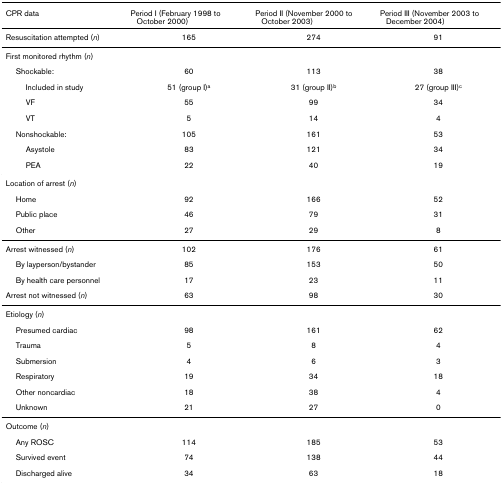
<table><thead><tr><td><b>CPR data</b></td><td><b>Period I (February 1998 to October 2000)</b></td><td><b>Period II (November 2000 to October 2003)</b></td><td><b>Period III (November 2003 to December 2004)</b></td></tr></thead><tbody><tr><td>Resuscitation attempted (<i>n</i>)</td><td>165</td><td>274</td><td>91</td></tr><tr><td>First monitored rhythm (<i>n</i>)</td><td></td><td></td><td></td></tr><tr><td> Shockable:</td><td>60</td><td>113</td><td>38</td></tr><tr><td>Included in study</td><td>51 (group I)<sup>a</sup></td><td>31 (group II)<sup>b</sup></td><td>27 (group III)<sup>c</sup></td></tr><tr><td>VF</td><td>55</td><td>99</td><td>34</td></tr><tr><td>VT</td><td>5</td><td>14</td><td>4</td></tr><tr><td> Nonshockable:</td><td>105</td><td>161</td><td>53</td></tr><tr><td>Asystole</td><td>83</td><td>121</td><td>34</td></tr><tr><td>PEA</td><td>22</td><td>40</td><td>19</td></tr><tr><td>Location of arrest (<i>n</i>)</td><td></td><td></td><td></td></tr><tr><td> Home</td><td>92</td><td>166</td><td>52</td></tr><tr><td> Public place</td><td>46</td><td>79</td><td>31</td></tr><tr><td> Other</td><td>27</td><td>29</td><td>8</td></tr><tr><td>Arrest witnessed (<i>n</i>)</td><td>102</td><td>176</td><td>61</td></tr><tr><td> By layperson/bystander</td><td>85</td><td>153</td><td>50</td></tr><tr><td> By health care personnel</td><td>17</td><td>23</td><td>11</td></tr><tr><td>Arrest not witnessed (<i>n</i>)</td><td>63</td><td>98</td><td>30</td></tr><tr><td>Etiology (<i>n</i>)</td><td></td><td></td><td></td></tr><tr><td> Presumed cardiac</td><td>98</td><td>161</td><td>62</td></tr><tr><td> Trauma</td><td>5</td><td>8</td><td>4</td></tr><tr><td> Submersion</td><td>4</td><td>6</td><td>3</td></tr><tr><td> Respiratory</td><td>19</td><td>34</td><td>18</td></tr><tr><td> Other noncardiac</td><td>18</td><td>38</td><td>4</td></tr><tr><td> Unknown</td><td>21</td><td>27</td><td>0</td></tr><tr><td>Outcome (<i>n</i>)</td><td></td><td></td><td></td></tr><tr><td> Any ROSC</td><td>114</td><td>185</td><td>53</td></tr><tr><td> Survived event</td><td>74</td><td>138</td><td>44</td></tr><tr><td> Discharged alive</td><td>34</td><td>63</td><td>18</td></tr></tbody></table>